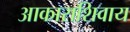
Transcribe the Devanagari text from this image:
आकाराशिवाय